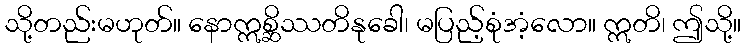
သို့တည်းမဟုတ်။ နောဣစ္ဆိဿတိနုခေါ၊ မပြည့်စုံအံ့လော။ ဣတိ၊ ဤသို့။